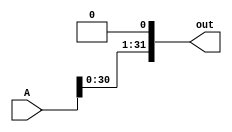
module sll1(out, A);
    input [31:0] A;
    output [31:0] out; 

    assign out[31:1] = A[30:0];
    assign out[0] = 0;

endmodule